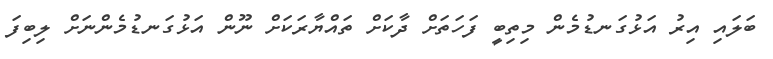
ބަލައި އިރު އަޅުގަނޑުމެން މިތިބީ ފަހަތަށް ދާކަށް ތައްޔާރަކަށް ނޫން އަޅުގަނޑުމެންނަށް ލިބިފަ